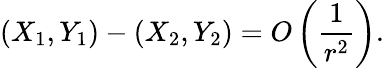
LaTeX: (X_{1},Y_{1})-(X_{2},Y_{2})=O\left(\frac{1}{r^{2}}\right).